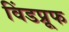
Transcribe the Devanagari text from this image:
विंडप्रूफ